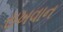
રાખવાન